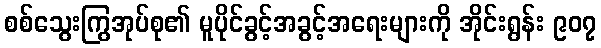
စစ်သွေးကြွအုပ်စု၏ မူပိုင်ခွင့်အခွင့်အရေးများကို အိုင်းရွန်း ၉၀၇